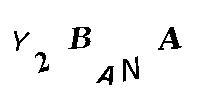
Y2BANA